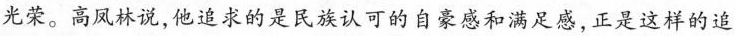
光荣。高凤林说，他追求的是民族认可的自豪感和满足感，正是这样的追